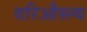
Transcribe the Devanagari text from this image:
वरिऔस्ल्य